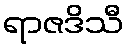
ရာဇဒိသီ